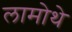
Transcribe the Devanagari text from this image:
लामोथे